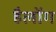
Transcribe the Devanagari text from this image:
हैलोंग